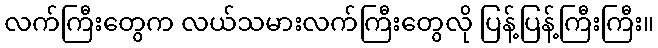
လက်ကြီးတွေက လယ်သမားလက်ကြီးတွေလို ပြန့်ပြန့်ကြီးကြီး။